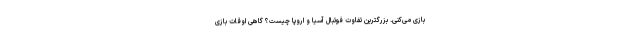
بازی می‌کنی. بزرگترین تفاوت فوتبال آسیا و اروپا چیست؟ گاهی اوقات بازی